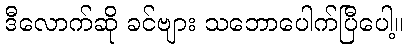
ဒီလောက်ဆို ခင်ဗျား သဘောပေါက်ပြီပေါ့။